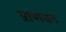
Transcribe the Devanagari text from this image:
प्राणधन